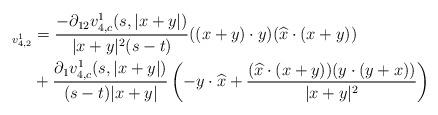
LaTeX: \begin{align*}_{v_{4,2}^{1}} &= \frac{-\partial_{12} v_{4,c}^{1}(s,|x+y|)}{|x+y|^{2}(s-t)} ((x+y)\cdot y)(\widehat{x}\cdot(x+y))\\&+\frac{\partial_{1}v_{4,c}^{1}(s,|x+y|)}{(s-t)|x+y|} \left(-y\cdot \widehat{x} + \frac{(\widehat{x}\cdot(x+y))(y\cdot(y+x))}{|x+y|^{2}}\right)\end{align*}